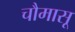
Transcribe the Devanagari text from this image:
चौमासू